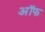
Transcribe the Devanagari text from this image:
अॉफ